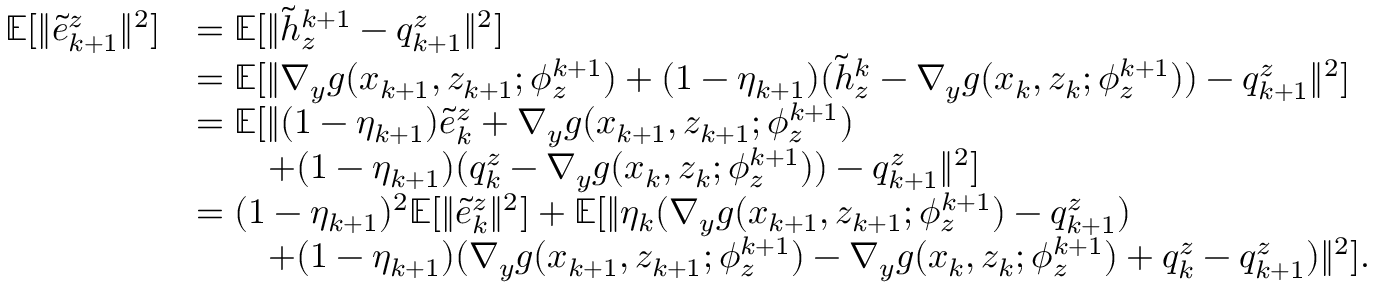
\begin{array} { r l } { \mathbb { E } [ \| \tilde { e } _ { k + 1 } ^ { z } \| ^ { 2 } ] } & { = \mathbb { E } [ \| \tilde { h } _ { z } ^ { k + 1 } - q _ { k + 1 } ^ { z } \| ^ { 2 } ] } \\ & { = \mathbb { E } [ \| \nabla _ { y } g ( x _ { k + 1 } , z _ { k + 1 } ; \phi _ { z } ^ { k + 1 } ) + ( 1 - \eta _ { k + 1 } ) ( \tilde { h } _ { z } ^ { k } - \nabla _ { y } g ( x _ { k } , z _ { k } ; \phi _ { z } ^ { k + 1 } ) ) - q _ { k + 1 } ^ { z } \| ^ { 2 } ] } \\ & { = \mathbb { E } [ \| ( 1 - \eta _ { k + 1 } ) \tilde { e } _ { k } ^ { z } + \nabla _ { y } g ( x _ { k + 1 } , z _ { k + 1 } ; \phi _ { z } ^ { k + 1 } ) } \\ & { \qquad + ( 1 - \eta _ { k + 1 } ) ( q _ { k } ^ { z } - \nabla _ { y } g ( x _ { k } , z _ { k } ; \phi _ { z } ^ { k + 1 } ) ) - q _ { k + 1 } ^ { z } \| ^ { 2 } ] } \\ & { = ( 1 - \eta _ { k + 1 } ) ^ { 2 } \mathbb { E } [ \| \tilde { e } _ { k } ^ { z } \| ^ { 2 } ] + \mathbb { E } [ \| \eta _ { k } ( \nabla _ { y } g ( x _ { k + 1 } , z _ { k + 1 } ; \phi _ { z } ^ { k + 1 } ) - q _ { k + 1 } ^ { z } ) } \\ & { \qquad + ( 1 - \eta _ { k + 1 } ) ( \nabla _ { y } g ( x _ { k + 1 } , z _ { k + 1 } ; \phi _ { z } ^ { k + 1 } ) - \nabla _ { y } g ( x _ { k } , z _ { k } ; \phi _ { z } ^ { k + 1 } ) + q _ { k } ^ { z } - q _ { k + 1 } ^ { z } ) \| ^ { 2 } ] . } \end{array}